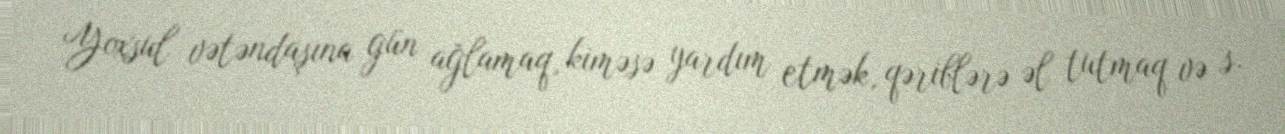
Yoxsul vətəndaşına gün ağlamaq, kiməsə yardım etmək, qəriblərə əl tutmaq və s.